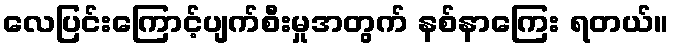
လေပြင်းကြောင့်ပျက်စီးမှုအတွက် နစ်နာကြေး ရတယ်။